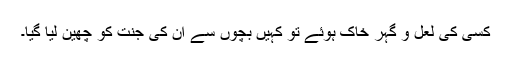
کسی کی لعل و گہر خاک ہوئے تو کہیں بچوں سے اُن کی جنت کو چھین لیا گیا۔